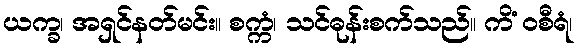
ယက္ခ၊ အရှင်နတ်မင်း။ စက္ကံ၊ သင်ဓုန်းစက်သည်။ ကိံ ဝစီရံ၊